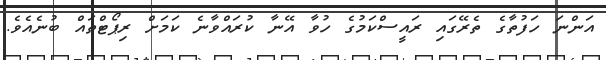
އަންނަ ހަފުތާގެ ތެރޭގައި ރައީސްކަމުގެ ހުވާ އޭނާ ކުރައްވާނެ ކަމަށް ރިޕޯޓްތައް ބުނެއެވެ.